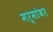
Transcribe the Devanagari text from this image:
मर्मांवर